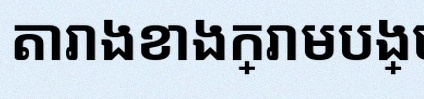
តារាងខាងក្រោមបង្ហាញពីទិន្នន័យ